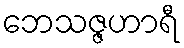
ဘေသဇ္ဇဟာရီ